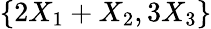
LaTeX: \{ 2X_{1}+X_{2},3X_{3}\}